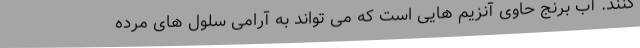
کنند. آب برنج حاوی آنزیم هایی است که می تواند به آرامی سلول های مرده